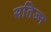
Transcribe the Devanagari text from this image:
सतिज्न